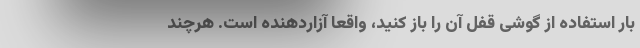
بار استفاده از گوشی قفل آن را باز کنید، واقعا آزاردهنده است. هرچند